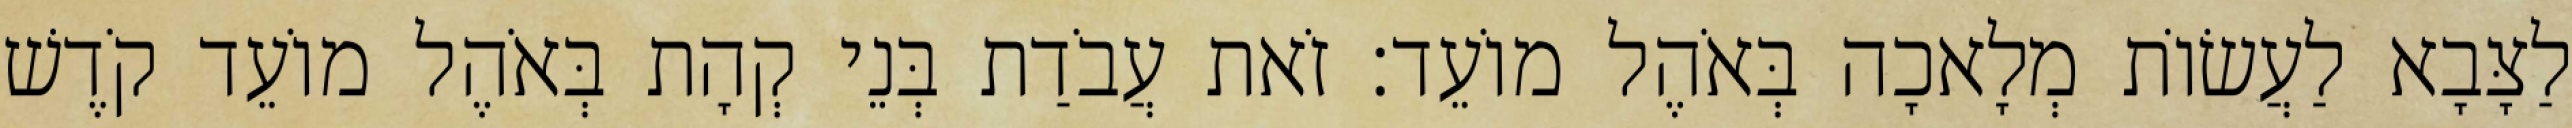
לַצָּבָא לַעֲשׂוֹת מְלָאכָה בְּאֹהֶל מוֹעֵד׃ זֹאת עֲבֹדַת בְּנֵי קְהָת בְּאֹהֶל מוֹעֵד קֹדֶשׁ